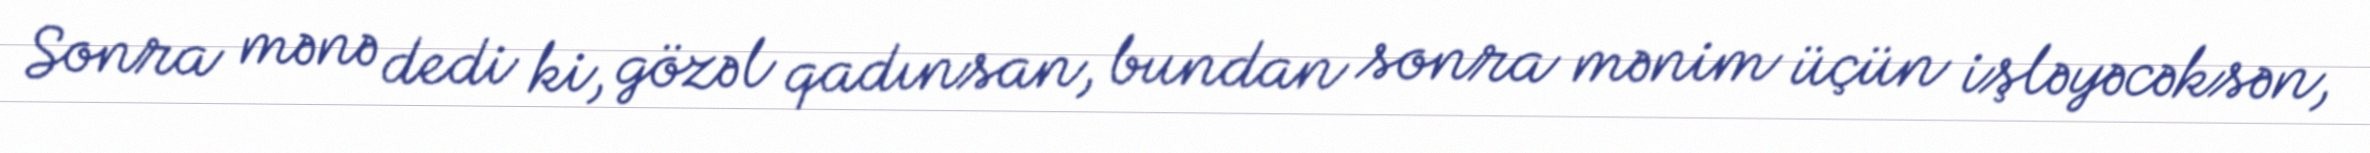
Sonra mənə dedi ki, gözəl qadınsan, bundan sonra mənim üçün işləyəcəksən,